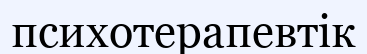
психотерапевтік